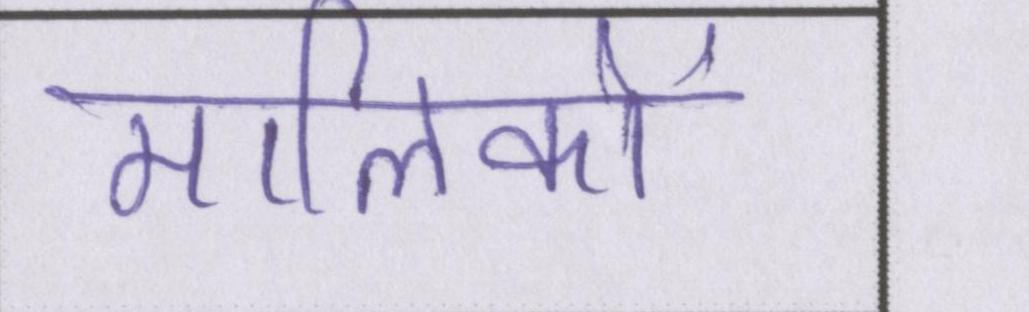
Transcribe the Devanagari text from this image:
मालिकों